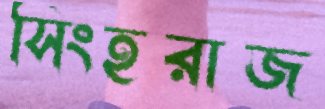
সিংহরাজ